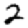
Digit: 2